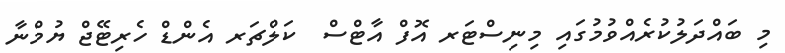
މި ބައްދަލުކުރެއްވުމުގައި މިނިސްޓަރ އޮފް އާޓްސް  ކަލްޗަރ އެންޑް ހެރިޓޭޖް ޔުމްނާ